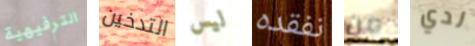
الترفيهية التدخين ليس نفقده من لدي